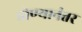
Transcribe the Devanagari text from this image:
होण्यानंतर